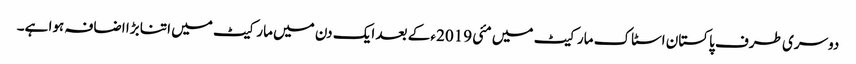
دوسری طرف پاکستان اسٹاک مارکیٹ میں مئی 2019ء کے بعد ایک دن میں مارکیٹ میں اتنا بڑا اضافہ ہوا ہے۔